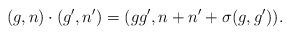
LaTeX: \begin{align*}(g,n)\cdot (g',n')=(gg', n+n'+\sigma(g,g')).\end{align*}